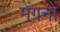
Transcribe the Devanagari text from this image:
मेंगनों